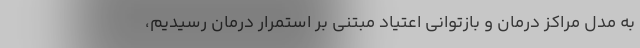
به مدل مراکز درمان و بازتوانی اعتیاد مبتنی بر استمرار درمان رسیدیم،